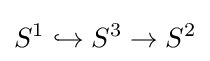
S^{1}\hookrightarrow S^{3}\to S^{2}